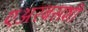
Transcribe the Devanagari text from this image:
एअरबसशी